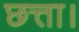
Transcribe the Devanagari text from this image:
छत्ता।